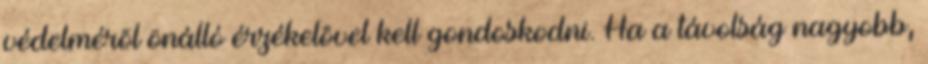
védelmérõl önálló érzékelõvel kell gondoskodni. Ha a távolság nagyobb,